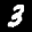
Label: 3